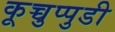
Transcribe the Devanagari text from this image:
कूच्चुप्पुडी